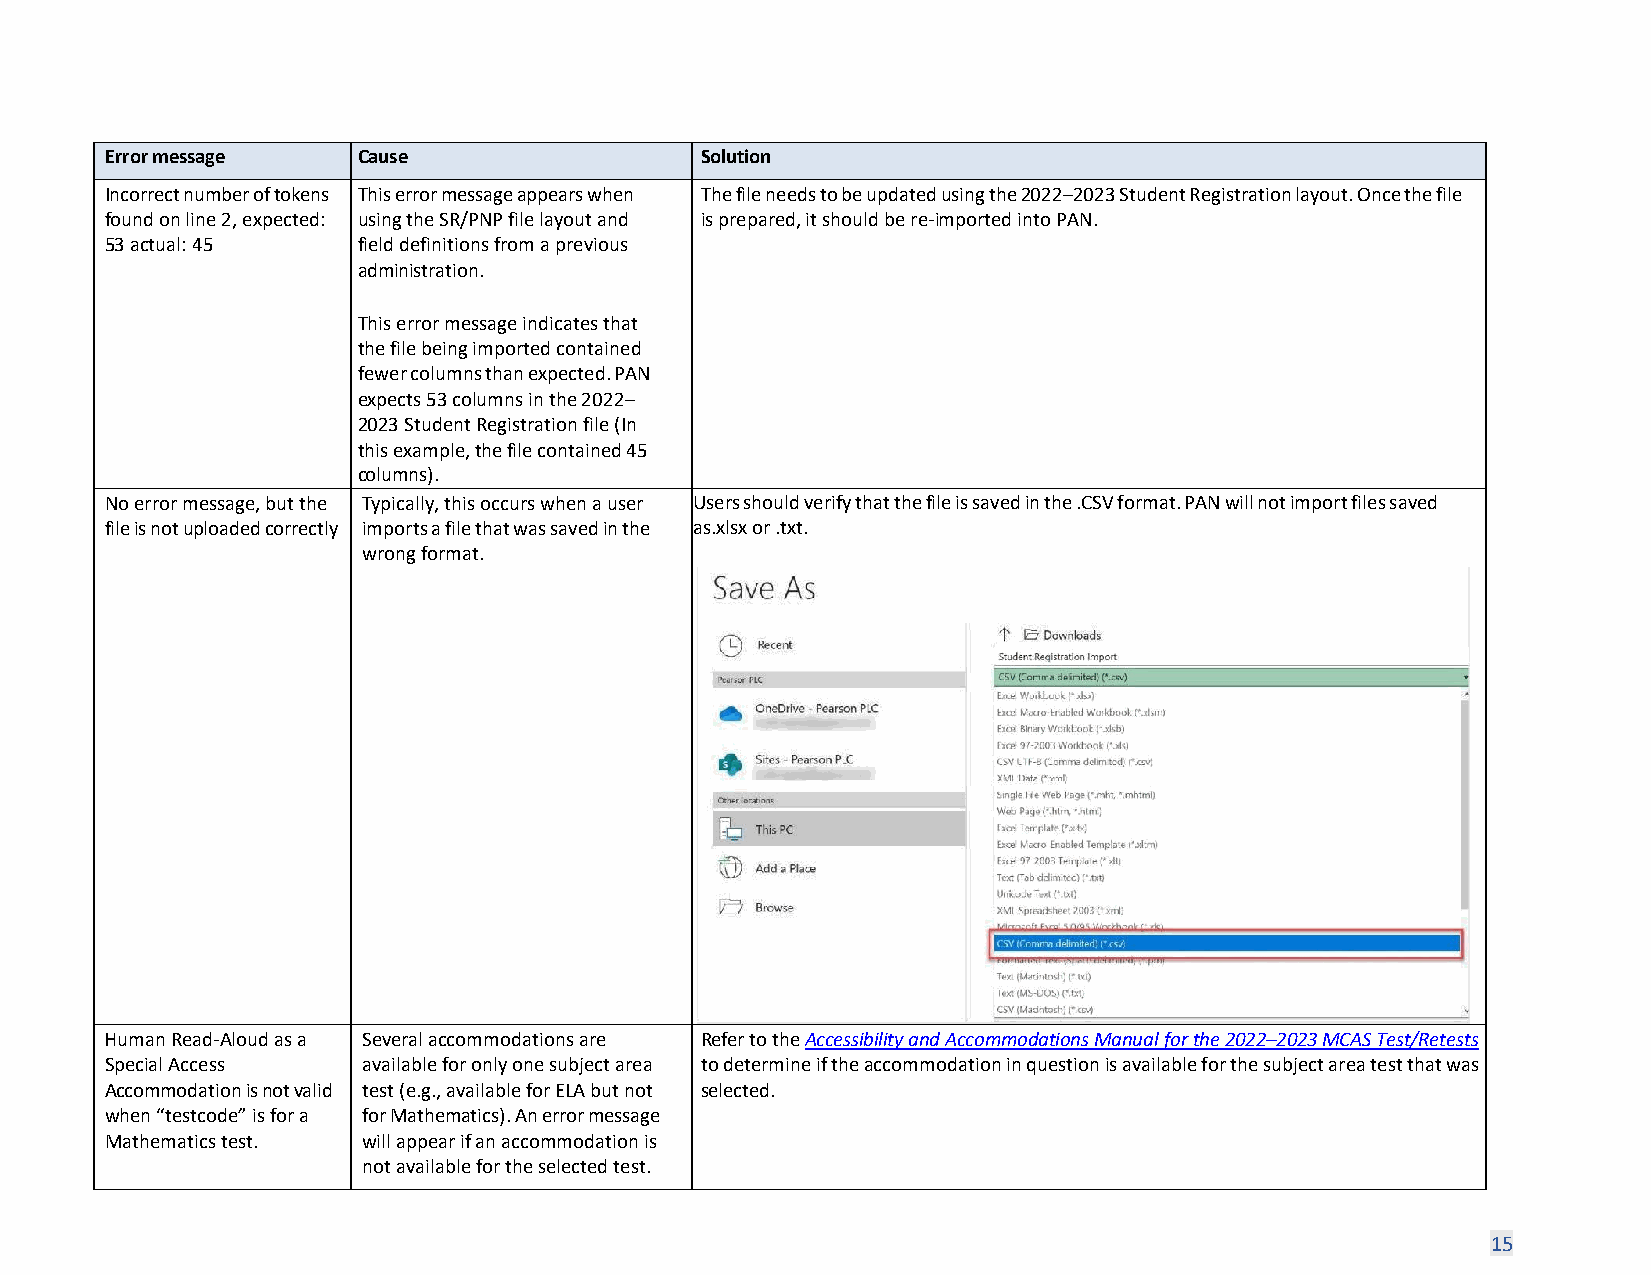
Error message    Cause                 Solution
 Incorrect number of tokens This error message appears when The file needs to be updated using the 2022–2023 Student Registration layout. Once the file
 found on line 2, expected: using the SR/PNP file layout and is prepared, it should be re-imported into PAN.
 53 actual: 45    field definitions from a previous
 administration.
 This error message indicates that
 the file being imported contained
 fewer columns than expected. PAN
 expects 53 columns in the 2022–
 2023 Student Registration file (In
 this example, the file contained 45
 columns).
 No error message, but the Typically, this occurs when a user Users should verify that the file is saved in the .CSV format. PAN will not import files saved
 file is not uploaded correctly imports a file that was saved in the as.xlsx or .txt.
 wrong format.
 Human Read-Aloud as a Several accommodations are Refer to the Accessibility and Accommodations Manual for the 2022–2023 MCAS Test/Retests
 Special Access   available for only one subject area to determine if the accommodation in question is available for the subject area test that was
 Accommodation is not valid test (e.g., available for ELA but not selected.
 when “testcode” is for a for Mathematics). An error message
 Mathematics test. will appear if an accommodation is
 not available for the selected test.
 15